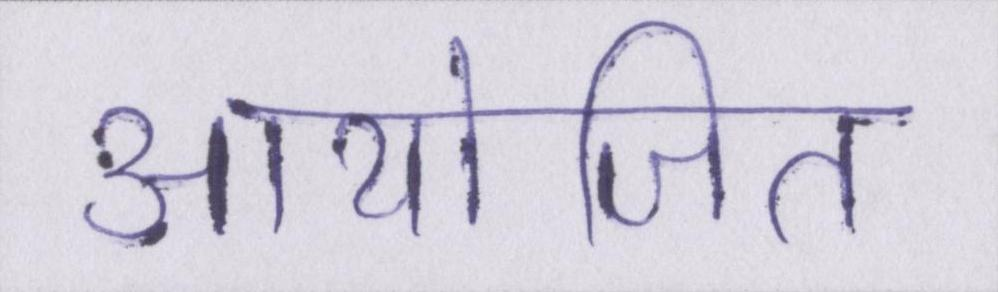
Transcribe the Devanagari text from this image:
आयोजित